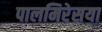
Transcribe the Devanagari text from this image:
पालमिरेसया